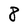
Character: 8